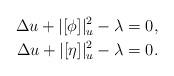
LaTeX: \begin{align*}\Delta u + |[\phi]|_u^2-\lambda =0 ,\\\Delta u + |[\eta]|_u^2-\lambda =0 .\end{align*}